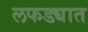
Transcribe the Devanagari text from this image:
लफड्यात